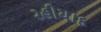
રહીયાદ